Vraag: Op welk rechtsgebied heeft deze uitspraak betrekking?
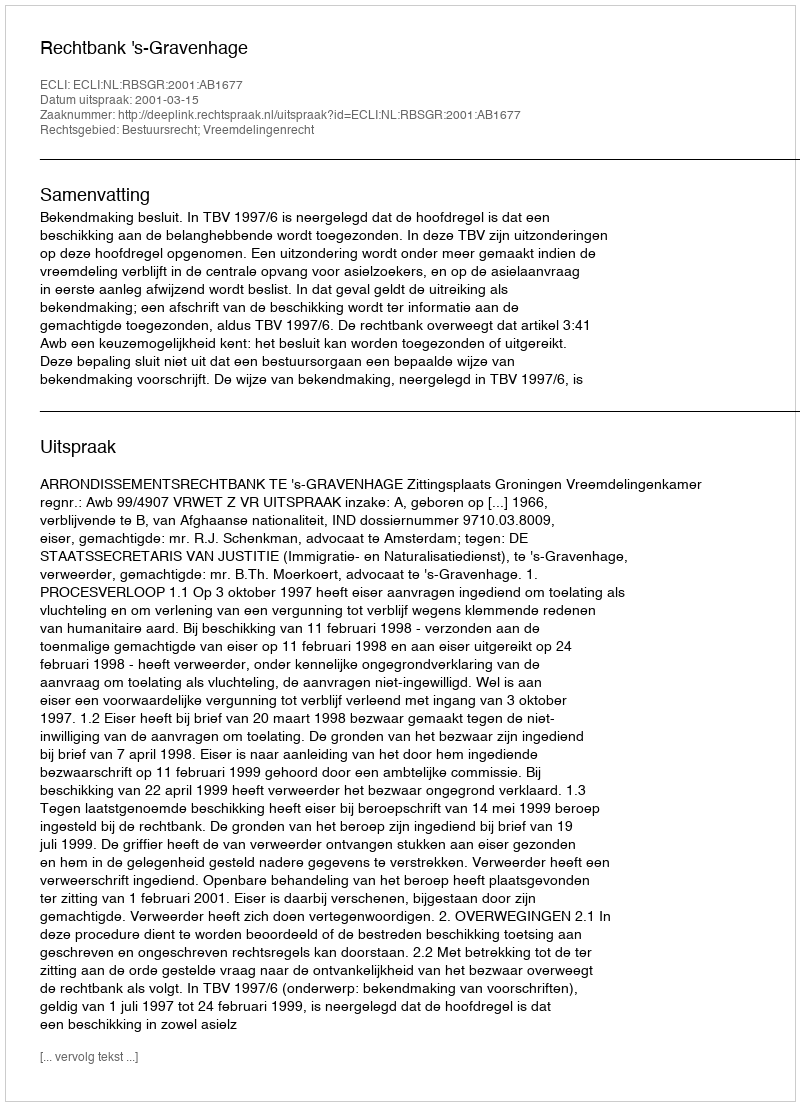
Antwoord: Bestuursrecht; Vreemdelingenrecht